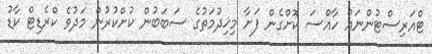
ޓްއަރިސްޓުންނައް ހާއްސަ ކޮށްގެން ފަށާ މިޚިދުމަތުގެ ސަބަބުން ކުށްކުރުން މަދުވެ ކްރެޑިޓް ކާޑު